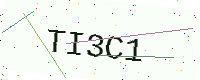
Text: TI3C1